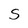
Character: S